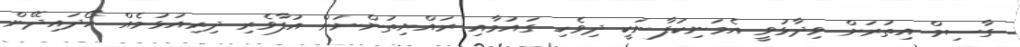
ގާސިމް އިތުރަށް ވިދާޅުވީ އެމަނިކުފާނަކީ ދިވެހި ގައުމާއި ރައްޔިތުންނަށް އުފާވެރި ދިރިއުޅުމެއް ހޯދައިދޭން